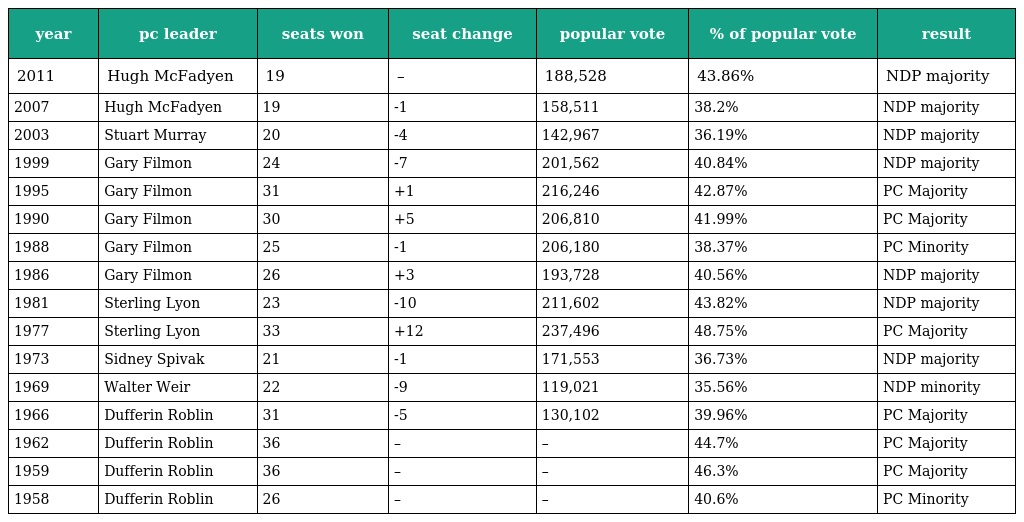
| year | pc leader | seats won | seat change | popular vote | % of popular vote | result |
 | --- | --- | --- | --- | --- | --- | --- |
 | 2011 | Hugh McFadyen | 19 | – | 188,528 | 43.86% | NDP majority |
 | 2007 | Hugh McFadyen | 19 | -1 | 158,511 | 38.2% | NDP majority |
 | 2003 | Stuart Murray | 20 | -4 | 142,967 | 36.19% | NDP majority |
 | 1999 | Gary Filmon | 24 | -7 | 201,562 | 40.84% | NDP majority |
 | 1995 | Gary Filmon | 31 | +1 | 216,246 | 42.87% | PC Majority |
 | 1990 | Gary Filmon | 30 | +5 | 206,810 | 41.99% | PC Majority |
 | 1988 | Gary Filmon | 25 | -1 | 206,180 | 38.37% | PC Minority |
 | 1986 | Gary Filmon | 26 | +3 | 193,728 | 40.56% | NDP majority |
 | 1981 | Sterling Lyon | 23 | -10 | 211,602 | 43.82% | NDP majority |
 | 1977 | Sterling Lyon | 33 | +12 | 237,496 | 48.75% | PC Majority |
 | 1973 | Sidney Spivak | 21 | -1 | 171,553 | 36.73% | NDP majority |
 | 1969 | Walter Weir | 22 | -9 | 119,021 | 35.56% | NDP minority |
 | 1966 | Dufferin Roblin | 31 | -5 | 130,102 | 39.96% | PC Majority |
 | 1962 | Dufferin Roblin | 36 | – | – | 44.7% | PC Majority |
 | 1959 | Dufferin Roblin | 36 | – | – | 46.3% | PC Majority |
 | 1958 | Dufferin Roblin | 26 | – | – | 40.6% | PC Minority |